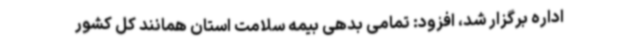
اداره برگزار شد، افزود: تمامی بدهی بیمه سلامت استان همانند کل کشور